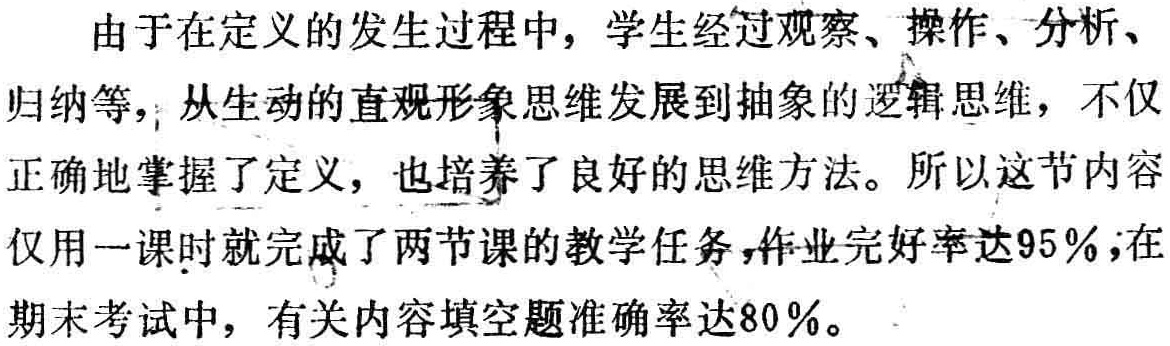
由于在定义的发生过程中，学生经过观察、操作、分析、归纳等，从生动的直观形象思维发展到抽象的逻辑思维，不仅正确地掌握了定义，也培养了良好的思维方法。所以这节内容仅用一课时就完成了两节课的教学任务，作业完好率达95%；在期末考试中，有关内容填空题准确率达80%。